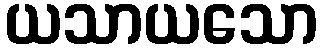
ယသာယသော